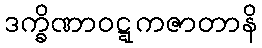
ဒက္ခိဏာဝဋ္ဋကဇာတာနိ